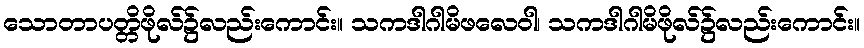
သောတာပတ္တိဖိုလ်၌လည်းကောင်း။ သကဒါဂါမိဖလေဝါ၊ သကဒါဂါမိဖိုလ်၌လည်းကောင်း။